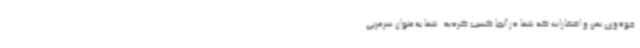
جودوی یمن و افتخارات که شما در آنجا کسب کردید. شما به‌عنوان سرمربی